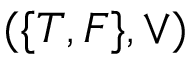
( \{ T , F \} , \lor )